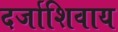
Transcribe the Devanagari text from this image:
दर्जाशिवाय